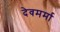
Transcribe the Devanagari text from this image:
देवमर्मा